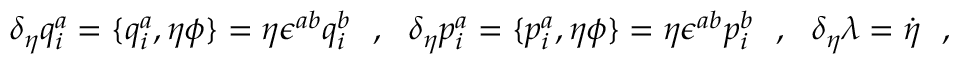
\delta _ { \eta } q _ { i } ^ { a } = \{ q _ { i } ^ { a } , \eta \phi \} = \eta \epsilon ^ { a b } q _ { i } ^ { b } \ \ , \ \ \delta _ { \eta } p _ { i } ^ { a } = \{ p _ { i } ^ { a } , \eta \phi \} = \eta \epsilon ^ { a b } p _ { i } ^ { b } \ \ , \ \ \delta _ { \eta } \lambda = \dot { \eta } \ \ ,